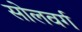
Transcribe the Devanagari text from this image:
सोलवर्ग